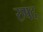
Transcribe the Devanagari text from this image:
रुषद